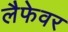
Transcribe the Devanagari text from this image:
लैफेवर